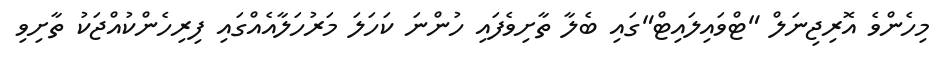
މިހެންވެ އޮރިޖިނަލް "ޓްވައިލައިޓް"ގައި ބެލާ ތާށިވެފައި ހުންނަ ކަހަލަ މަރުހަލާއެއްގައި ފިރިހެންކުއްޖަކު ތާށިވި